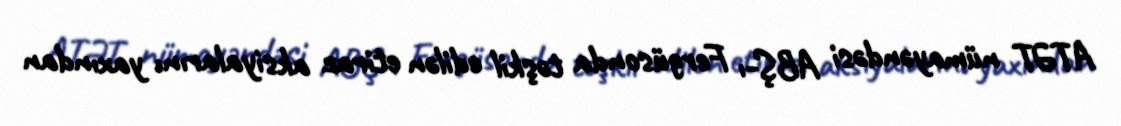
ATƏT nümayəndəsi ABŞ-ı Fergüsonda tәşkil edilәn etiraz aksiyalarını yaxından